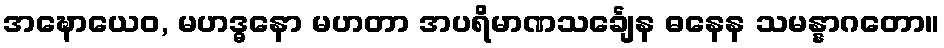
အဍ္ဎောယေဝ, မဟဒ္ဓနော မဟတာ အပရိမာဏသင်္ချေန ဓနေန သမန္နာဂတော။